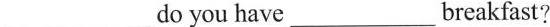
___ do you have___breakfast?